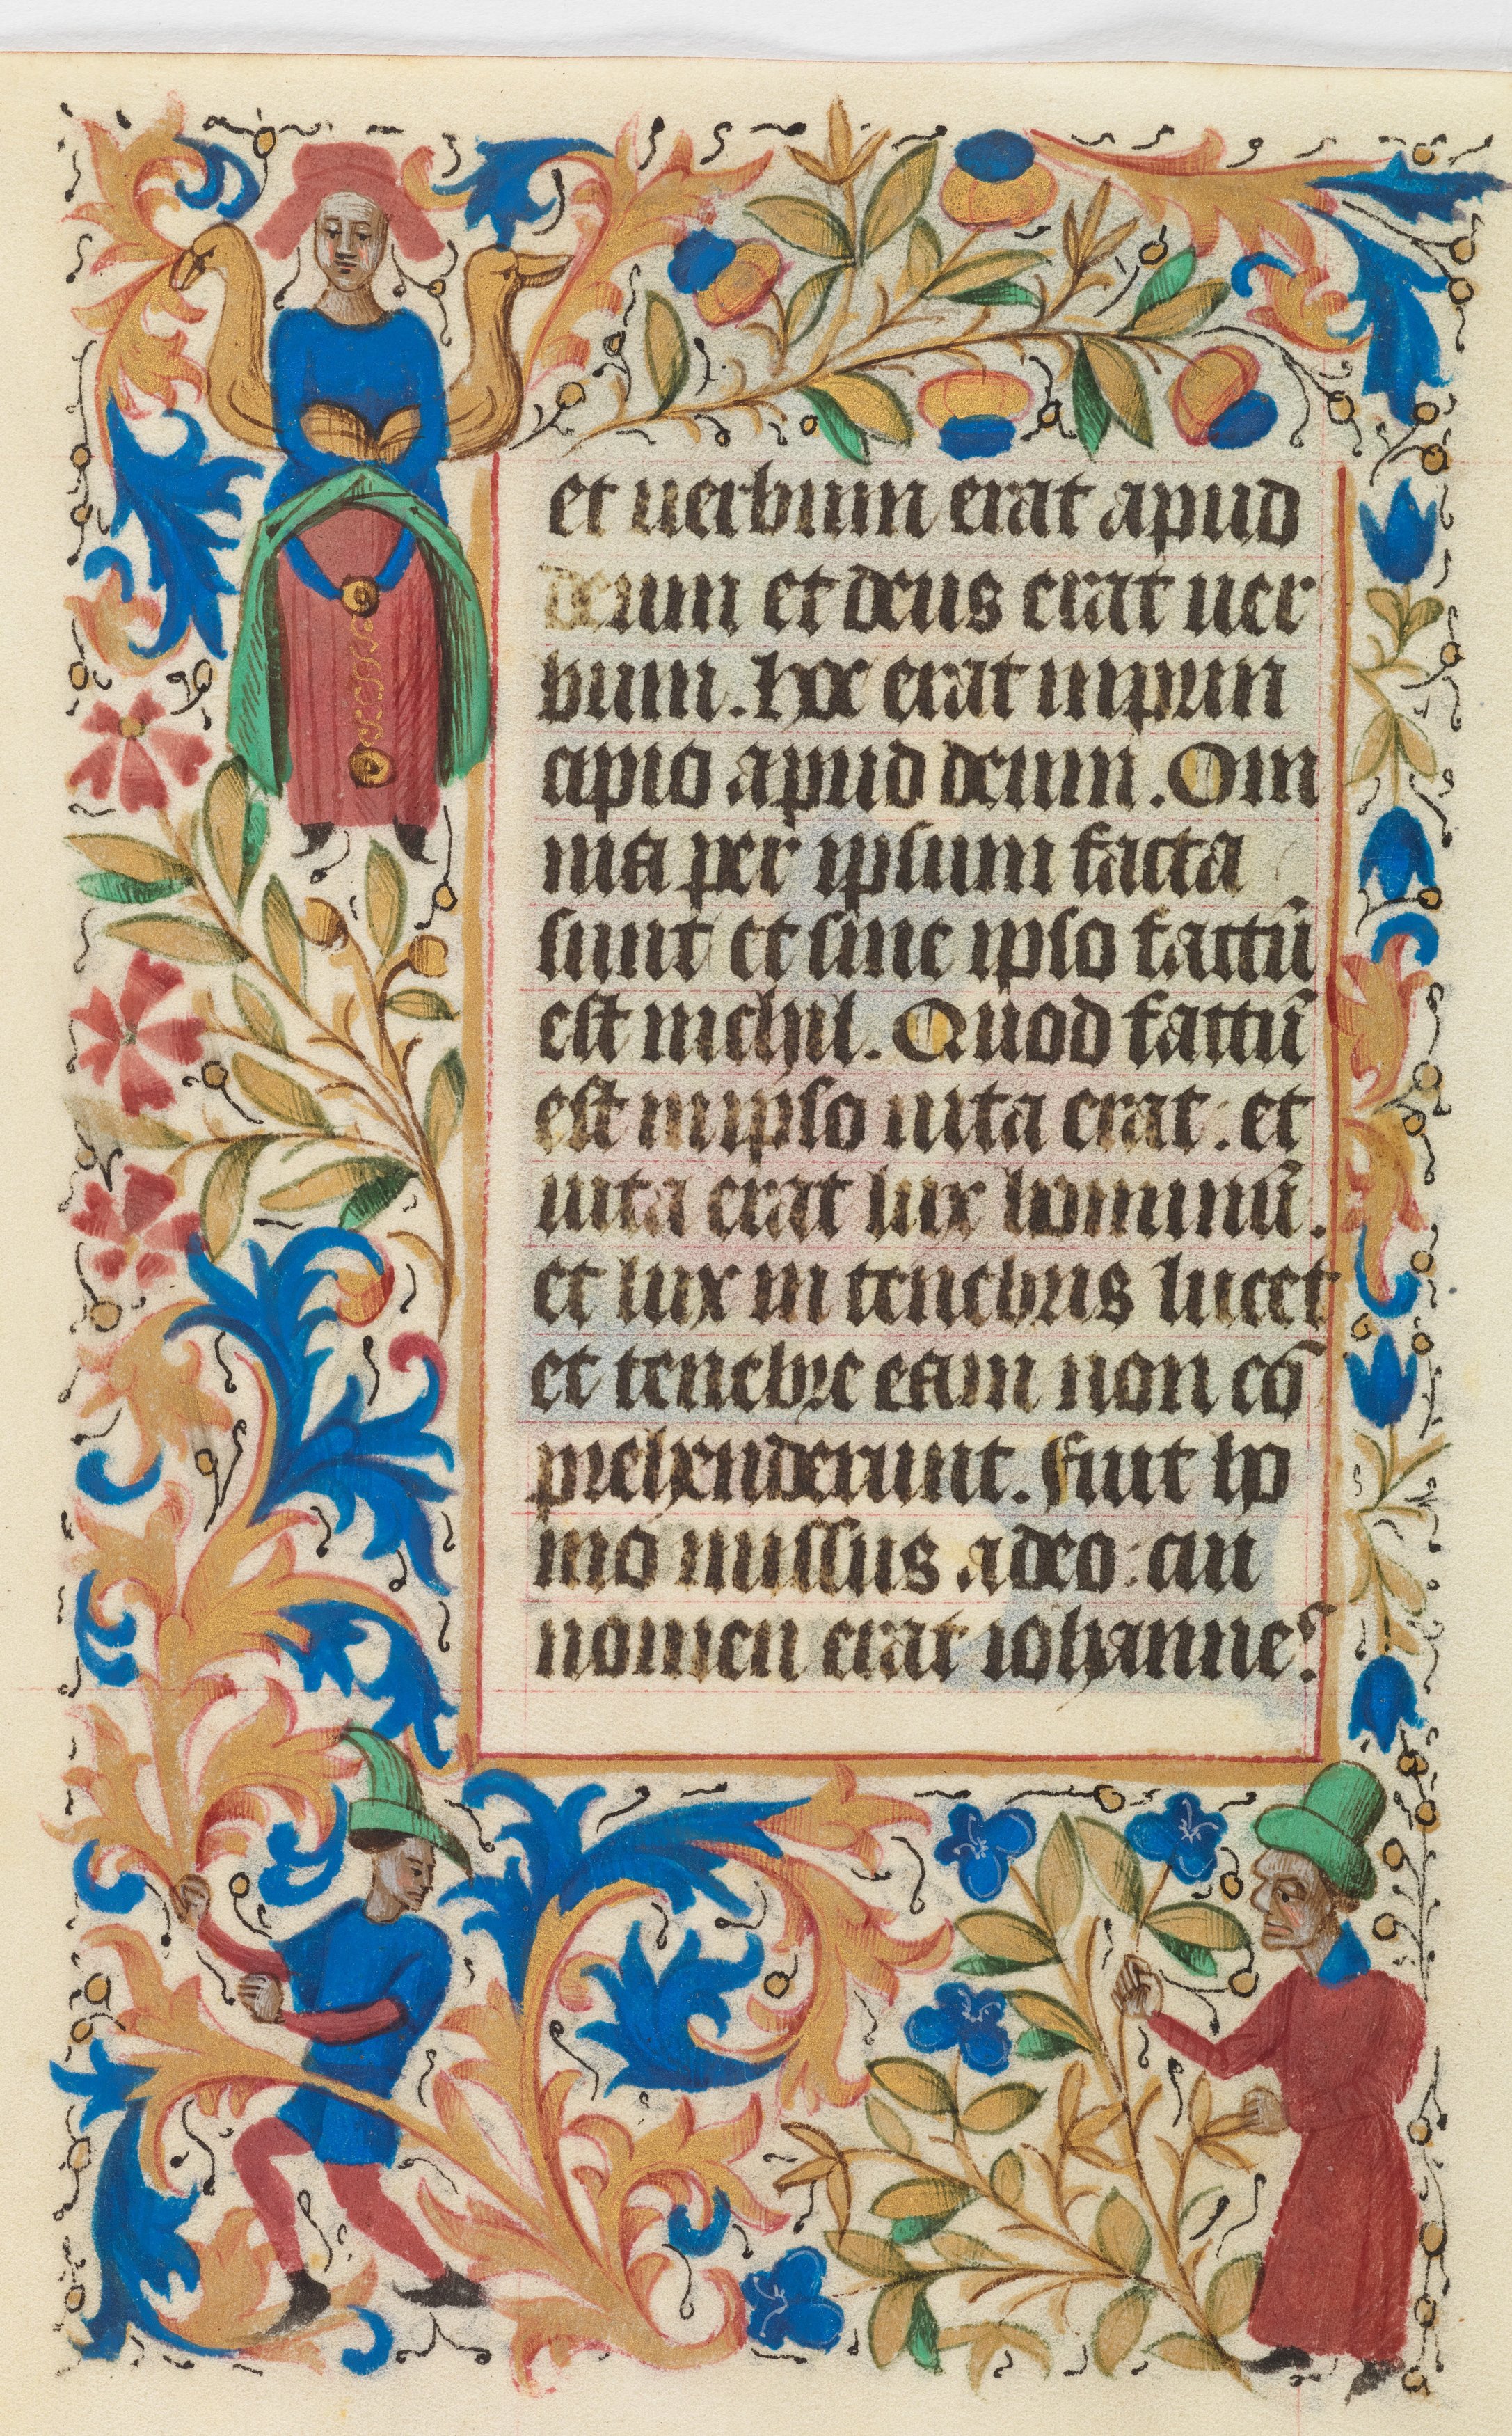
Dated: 1450–1460